Medical and sanitary report of the native army of Bengal for the year
Year: 1876
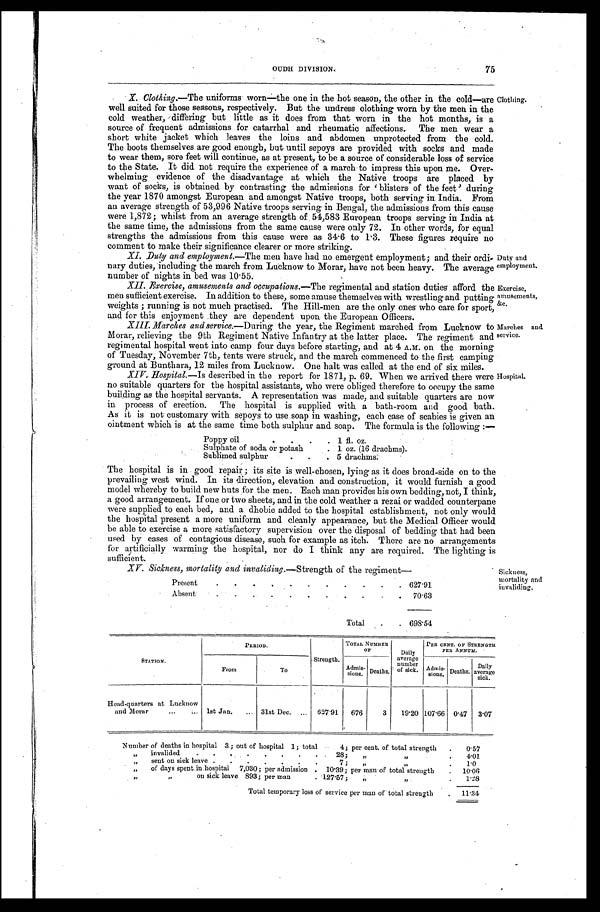
Clothing.
Duty and
employment.
Exercise,
amusements,
&c.
Marches and
service.
OUDH DIVISION. 75
X. Clothing.—The uniforms worn—the one in the hot season, the other in the cold—are
well suited for those seasons, respectively. But the undress clothing worn by the men in the
cold weather, differing but little as it does from that worn in the hot months, is a
source of frequent admissions for catarrhal and rheumatic affections. The men wear a
short white jacket which leaves the loins and abdomen unprotected from the cold.
The boots themselves are good enough, but until sepoys are provided with socks and made
to wear them, sore feet will continue, as at present, to be a source of considerable loss of service
to the State. It did not require the experience of a march to impress this upon me. Over-
whelming evidence of the disadvantage at which the Native troops are placed by
want of socks, is obtained by contrasting the admissions for 'blisters of the feet' during
the year 1870 amongst European and amongst Native troops, both serving in India. From
an average strength of 53,996 Native troops serving in Bengal, the admissions from this cause
were 1,872;. whilst from an average strength of 54,583 European troops serving in India at
the same time, the admissions from the same cause were only 72. In other words, for equal
strengths the admissions from this cause were as 34.6 to 1.3. These figures require no
comment to make their significance clearer or more striking.
XI. Duty and employment.—The men have had no emergent employment; and their ordi-
nary duties, including the march from Lucknow to Morar, have not been heavy. The average
number of nights in bed was 10.55.
XII. Exercise, amusements and occupations. —The regimental and station duties afford the
men sufficient exercise. In addition to these, some amuse themselves with wrestling and putting
weights; running is not much practised. The Hill-men are the only ones who care for sport,
and for this enjoyment they are dependent upon the European Officers.
XIII. Marches and service. —During the year, the Regiment marched from Lucknow to
Morar, relieving the 9th Regiment Native Infantry at the latter place. The regiment and
regimental hospital went into camp four days before starting, and at 4 A.M. on the morning
of Tuesday, November 7th, tents were struck, and the march commenced to the first camping
ground at Bunthara, 12 miles from Lucknow. One halt was called at the end of six miles.
XIV. Hospital.—Is described in the report for 1871, p. 69. When we arrived there were
no suitable quarters for the hospital assistants, who were obliged therefore to occupy the same
building as the hospital servants. A representation was made, and suitable quarters are now
in process of erection. The hospital is supplied with a bath-room and good bath.
As it is not customary with sepoys to use soap in washing, each case of scabies is given an
ointment which is at the same time both sulphur and soap. The formula is the following:—
Hospital.
Poppy oil
.
.
.
. 1 fl. oz.
Sulphate of soda or potash
.
1 oz. (16 drachms).
Sublimed sulphur
.
.
. 5 drachms.
The hospital is in good repair ; its site is well-chosen, lying as it does broad-side on to the
prevailing west wind. In its direction, elevation and construction, it would furnish a good
model whereby to build new huts for the men. Each man provides his own bedding, not, I think,
a good arrangement. If one or two sheets, and in the cold weather a rezai or wadded counterpane
were supplied to each bed, and a dhobie added to the hospital establishment, not only would
the hospital present a more uniform and cleanly appearance, but the Medical Officer would
be able to exercise a more satisfactory supervision over the disposal of bedding that had been
used by cases of contagious disease, such for example as itch. There are no arrangements
for artificially warming the hospital, nor do I think any are required. The lighting is
sufficient.
XV. Sickness, mortality and invaliding. —Strength of the regiment—
Present
. .
. .
.
.
. .
.
.
. 627.91
Absent
.
. .
.
.
.
.
.
.
. . 70.63
Total
.
. 698.54
Sickness,
mortality and
invaliding.
STATION.
PERIOD.
Strength.
TOTAL NUMBER
OF
Daily
average
number
of sick.
PER CENT. OF STRENGTH
PER ANNUM.
From
To
Admis-
sions. Deaths.
Admis-
sions. Deaths.
Daily
average
sick.
Head-quarters at Lucknow
and Morar
... ... 1st Jan. ... 31st Dec. ... 627.91 676
3 19.20 107.66 0.47 3.07
Number of deaths in hospital 3; out of hospital 1; total
4; per cent. of total strength . 0.57
„ invalided
. .
. .
. .
. .
28;
„
„
.
4.01
„ sent on sick leave .
.
. . . .
.
7;
„
„
.
1.0
„ of days spent in hospital 7,030; per admission . 10.39; per man of total strength
. 10.06
„
„ on sick leave 893; per man
. 127.57;
„ „
. 1.28
Total temporary loss of service per man of total strength
. 11.34